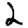
Digit: 2